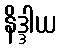
နိဒ္ဒါယ